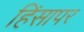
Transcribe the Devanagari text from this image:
हिंसापर